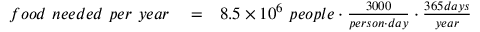
\begin{array} { r l r } { f o o d ~ n e e d e d ~ p e r ~ y e a r } & { { } = } & { 8 . 5 \times 1 0 ^ { 6 } ~ p e o p l e \cdot \frac { 3 0 0 0 } { p e r s o n \cdot d a y } \cdot \frac { 3 6 5 d a y s } { y e a r } } \end{array}